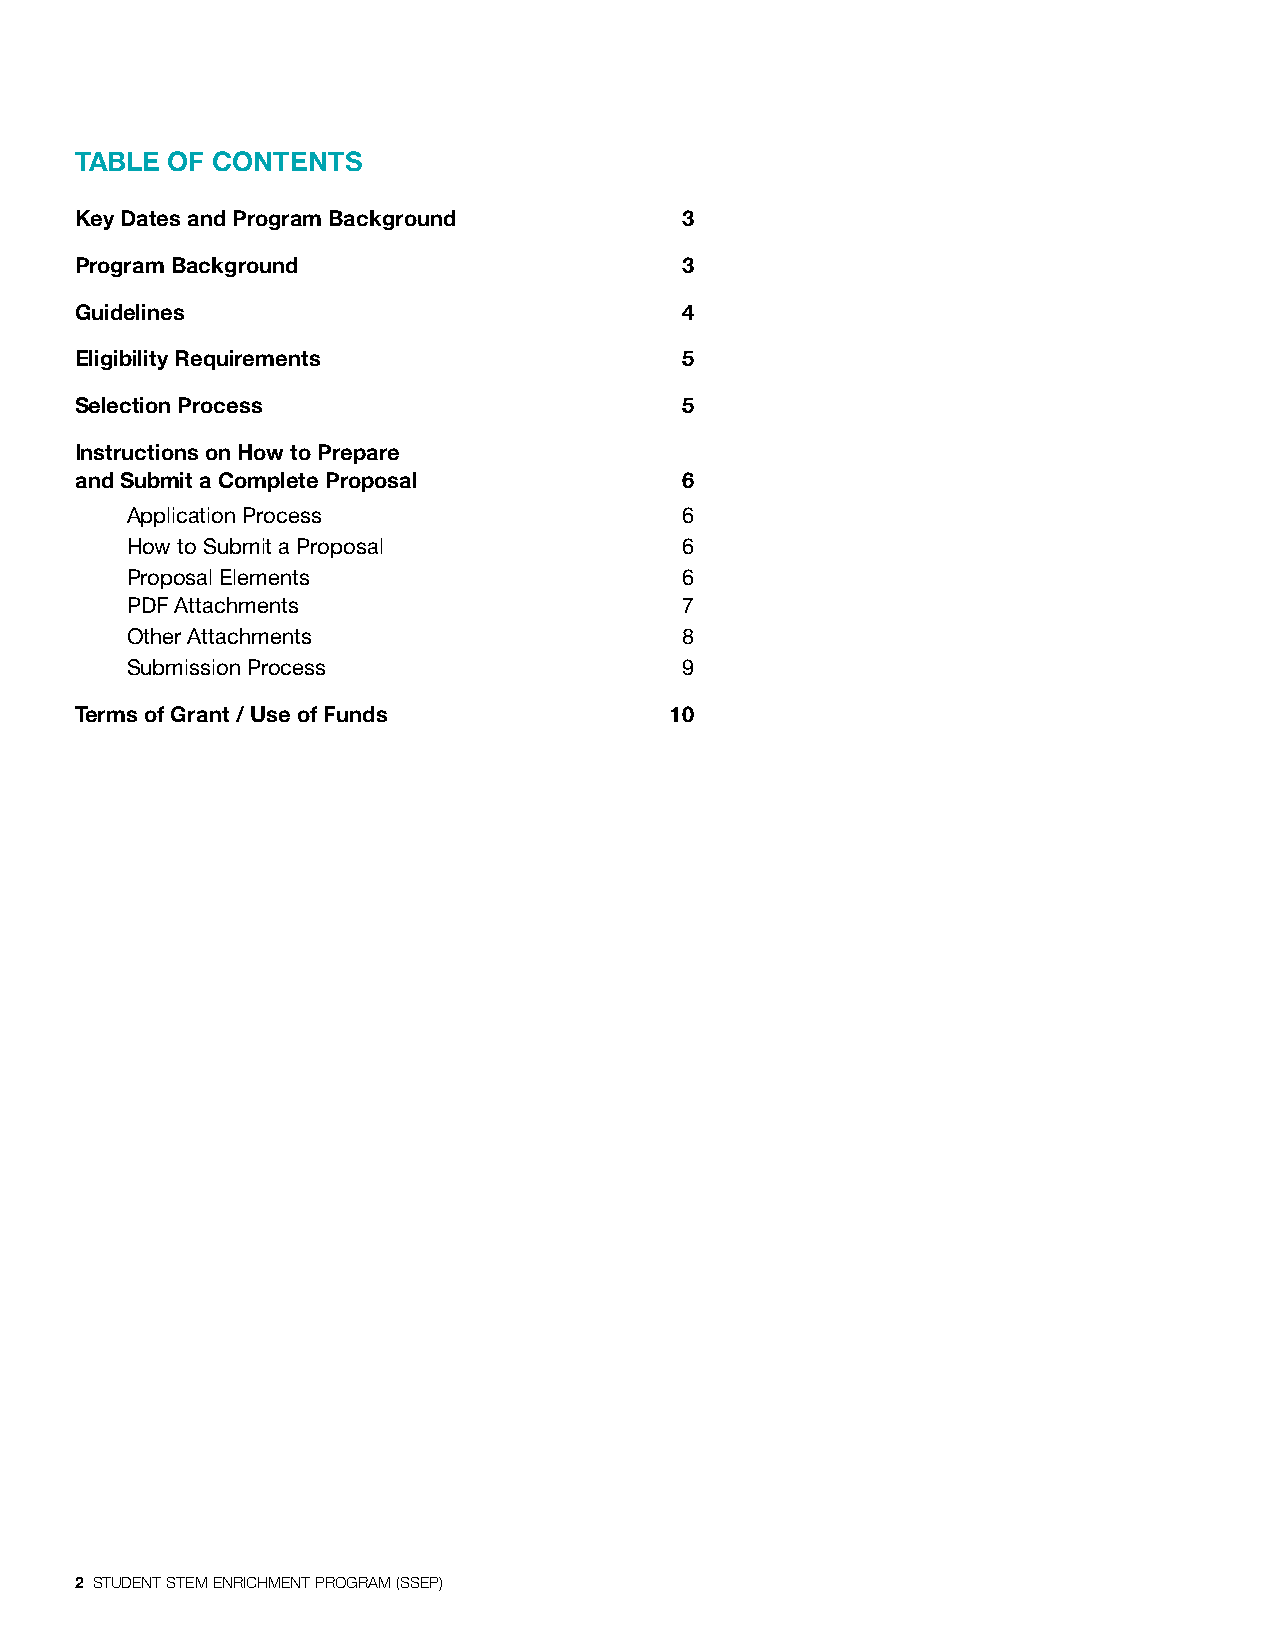
TABLE OF CONTENTS
 Key Dates and Program Background        3
 Program Background                      3
 Guidelines                              4
 Eligibility Requirements                5
 Selection Process                       5
 Instructions on How to Prepare
 and Submit a Complete Proposal          6
 Application Process                  6
 How to Submit a Proposal             6
 Proposal Elements                    6
 PDF Attachments                      7
 Other Attachments                    8
 Submission Process                   9
 Terms of Grant / Use of Funds          10
 2 STUDENT STEM ENRICHMENT PROGRAM (SSEP)